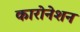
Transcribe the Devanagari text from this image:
कारोनेशन